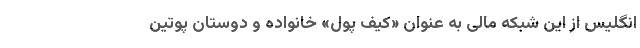
انگلیس از این شبکه مالی به عنوان «کیف پول» خانواده و دوستان پوتین